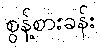
စွန့်စားခန်း